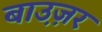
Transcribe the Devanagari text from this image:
बाउ़ज़र